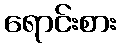
ရောင်းစား